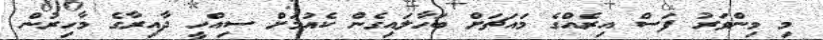
މި މިންވަރު ފަސް އިރެއްގެ މައަޗަށް ބަހާލައިގެން ކެއުމަށް ސިއްހީ ދާއިރާގެ މާހިރުން